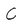
Character: C